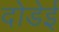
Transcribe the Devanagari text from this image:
दोडेई